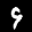
Label: 9